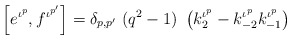
\begin{align*} \left[ e^{\iota^p}, f^{\iota^{p'}} \right] = \delta_{p,{p'}}~ (q^2-1)~ \left( k_2^{\iota^p} - k_{-2}^{\iota^p} k_{-1}^{\iota^p} \right)\end{align*}